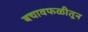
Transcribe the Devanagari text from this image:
बचावफळीतून